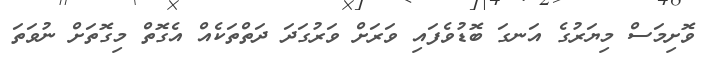
ވޮށިމަސް މިޔަރުގެ އަނގަ ބޮޑުވެފައި ވަރަށް ވަރުގަދަ ދަތްތަކެއް އެގޮތް މިގޮތަށް ނުވަތަ